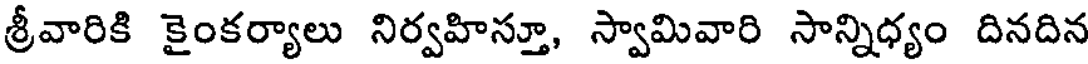
శ్రీవారికి కైంకర్యాలు నిర్వహిస్తూ, స్వామివారి సాన్నిధ్యం దినదిన